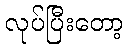
လုပ်ပြီးတော့